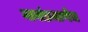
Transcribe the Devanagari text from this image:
नावांप्रमाणेच